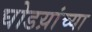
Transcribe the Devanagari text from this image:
घोडय़ांच्या